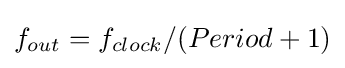
f_{out}=f_{clock}/(Period+1)